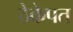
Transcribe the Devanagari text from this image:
ठेकेपत